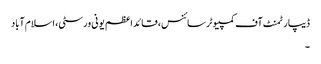
ڈیپارٹمنٹ آف کمپیوٹر سائنس، قائد اعظم یونی ورسٹی، اسلام آباد
۔